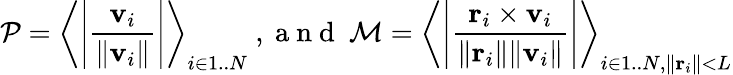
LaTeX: \mathcal P=\left\langle\left|\frac{\mathbf v_{i}}{\| \mathbf v_{i}\| }\right|\right\rangle_{i\in 1..N}\mathrm{~,~a~n~d~}\ \mathcal M=\left\langle\left|\frac{\mathbf r_{i}\times\mathbf v_{i}}{\| \mathbf r_{i}\| \| \mathbf v_{i}\| }\right|\right\rangle_{i\in 1..N,\| \mathbf r_{i}\| <L}